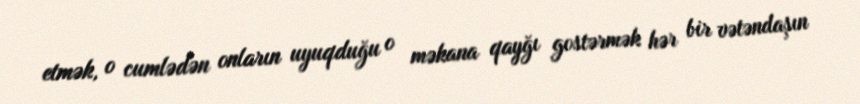
etmək, o cumlədən onların uyuqduğu o məkana qayğı gostərmək hər bir vətəndaşın